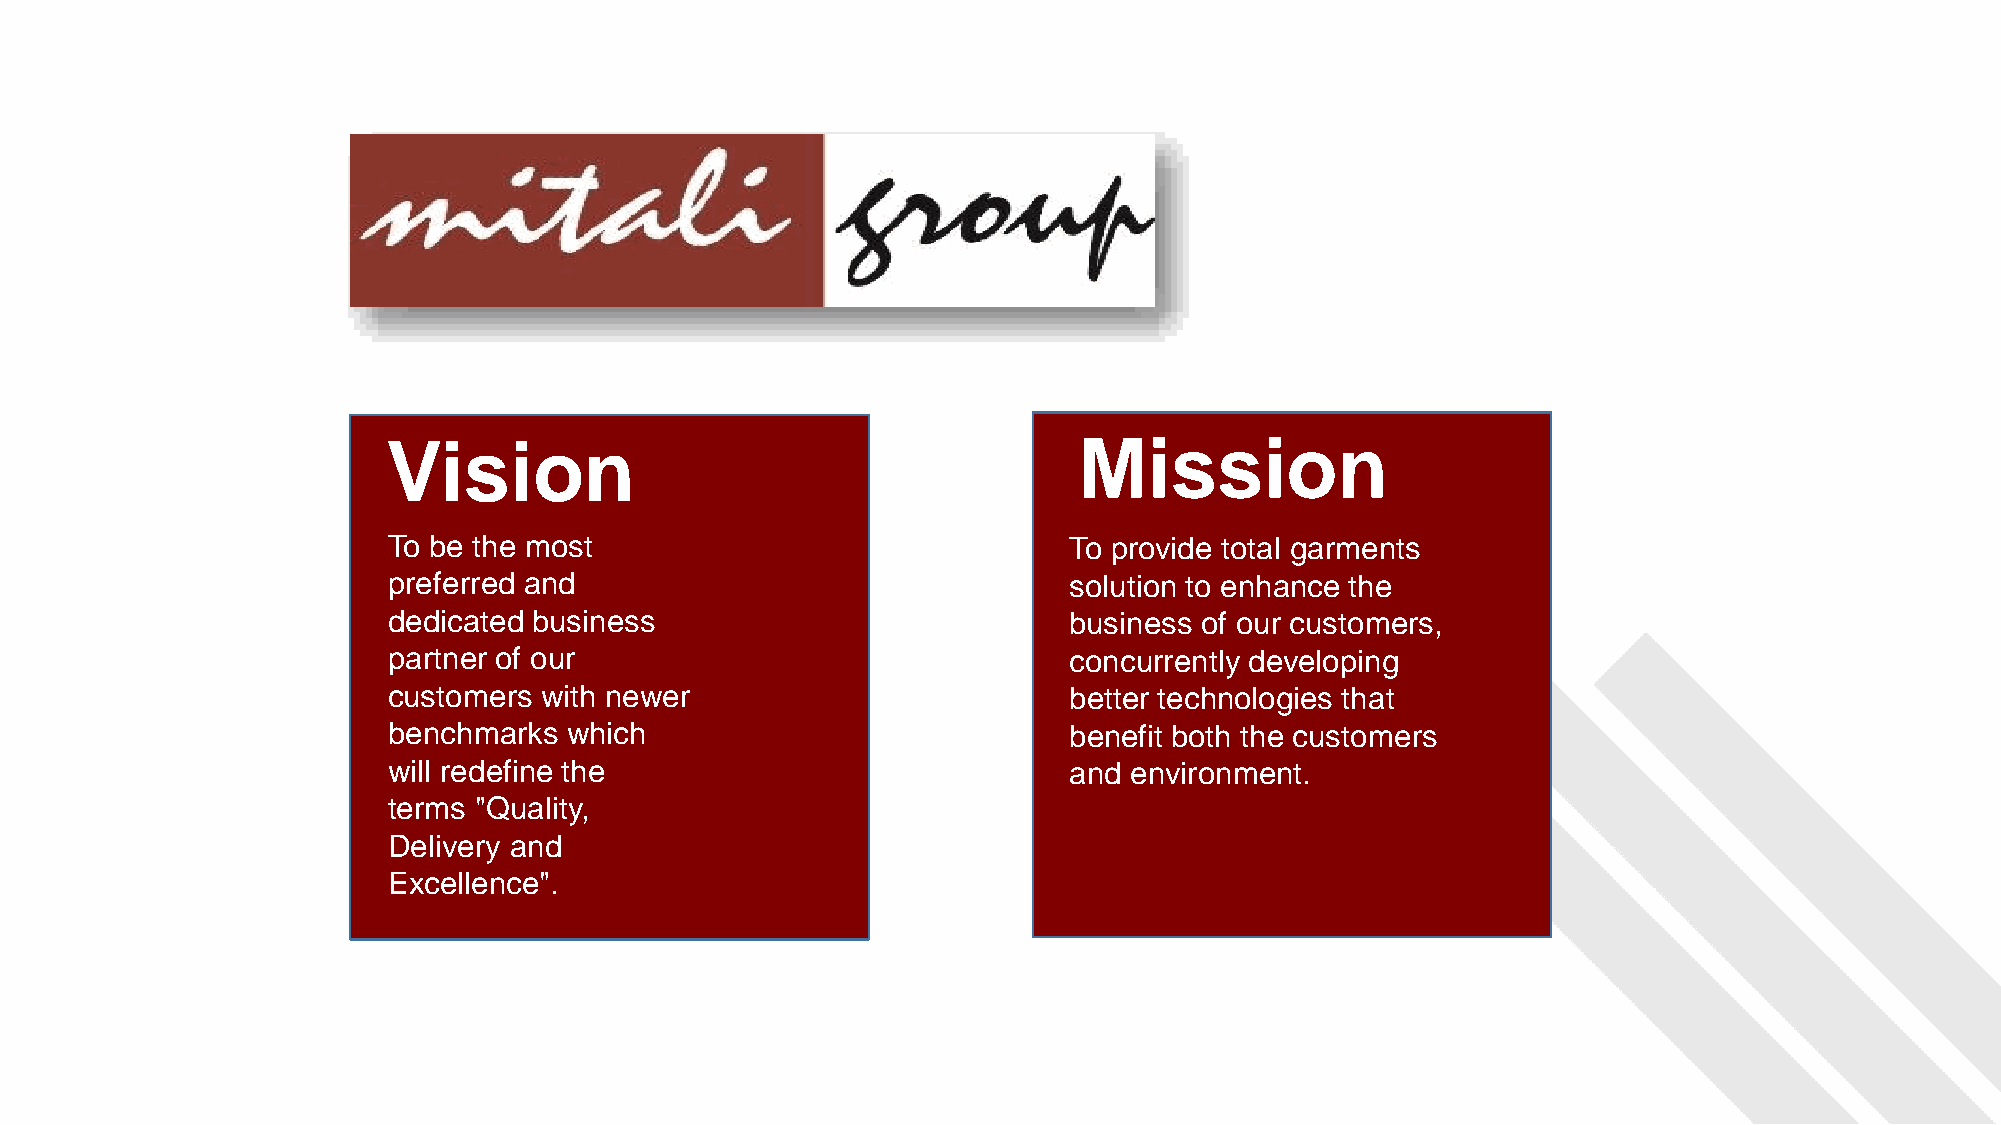
Vision                                       Mission
 Vision
 To be the most                               To provide total garments
 preferred and                                solution to enhance the
 dedicated business                           business of our customers,
 partner of our                               concurrently developing
 customers with newer                         better technologies that
 benchmarks  which                            benefit both the customers
 will redefine the                            and environment.
 terms "Quality,
 Delivery and
 Excellence".